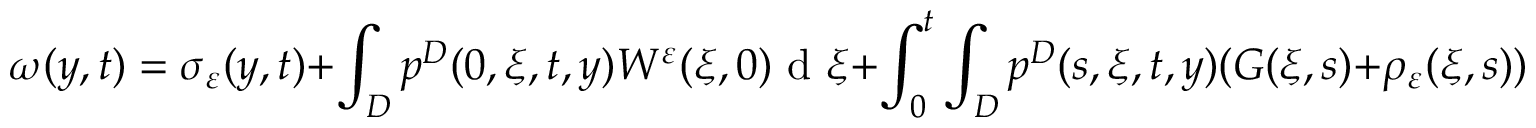
\omega ( y , t ) = \sigma _ { \varepsilon } ( y , t ) + \int _ { D } p ^ { D } ( 0 , \xi , t , y ) W ^ { \varepsilon } ( \xi , 0 ) \textrm { d } \xi + \int _ { 0 } ^ { t } \int _ { D } p ^ { D } ( s , \xi , t , y ) ( G ( \xi , s ) + \rho _ { \varepsilon } ( \xi , s ) ) \textrm { d } \xi \textrm { d } s ,